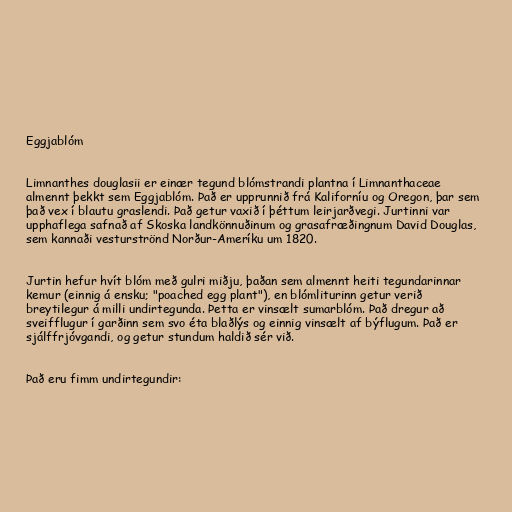
Eggjablóm

Limnanthes douglasii er einær tegund blómstrandi plantna í Limnanthaceae
almennt þekkt sem Eggjablóm. Það er upprunnið frá Kaliforníu og Oregon, þar sem
það vex í blautu graslendi. Það getur vaxið í þéttum leirjarðvegi. Jurtinni var
upphaflega safnað af Skoska landkönnuðinum og grasafræðingnum David Douglas,
sem kannaði vesturströnd Norður-Ameríku um 1820.

Jurtin hefur hvít blóm með gulri miðju, þaðan sem almennt heiti tegundarinnar
kemur (einnig á ensku; "poached egg plant"), en blómliturinn getur verið
breytilegur á milli undirtegunda. Þetta er vinsælt sumarblóm. Það dregur að
sveifflugur í garðinn sem svo éta blaðlýs og einnig vinsælt af býflugum. Það er
sjálffrjóvgandi, og getur stundum haldið sér við.

Það eru fimm undirtegundir: